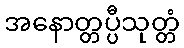
အနောတ္တပ္ပီသုတ္တံ